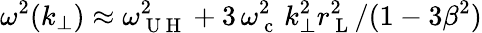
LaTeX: \omega^{2}(k_{\perp})\approx\omega_{\mathrm{~U~H~}}^{2}+3\, \omega_{\mathrm{~c~}}^{2}\, k_{\perp}^{2}r_{\mathrm{~L~}}^{2}/(1-3\beta^{2})